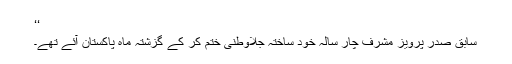
‘‘
سابق صدر پرویز مشرف چار سالہ خود ساختہ جلاوطنی ختم کر کے گزشتہ ماہ پاکستان آئے تھے۔